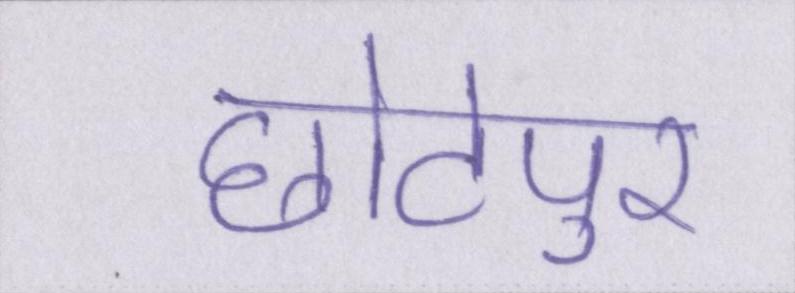
छोटेपुर